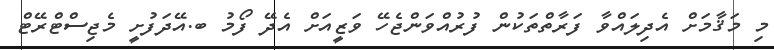
މި މަޤާމަށް އެދިލައްވާ ފަރާތްތަކުން ފުރުއްވަންޖެހޭ ވަޒީއަށް އެދޭ ފޯމު ބ.އޭދަފުށީ މެޖިސްޓްރޭޓް